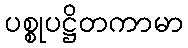
ပစ္စုပဋ္ဌိတကာမာ